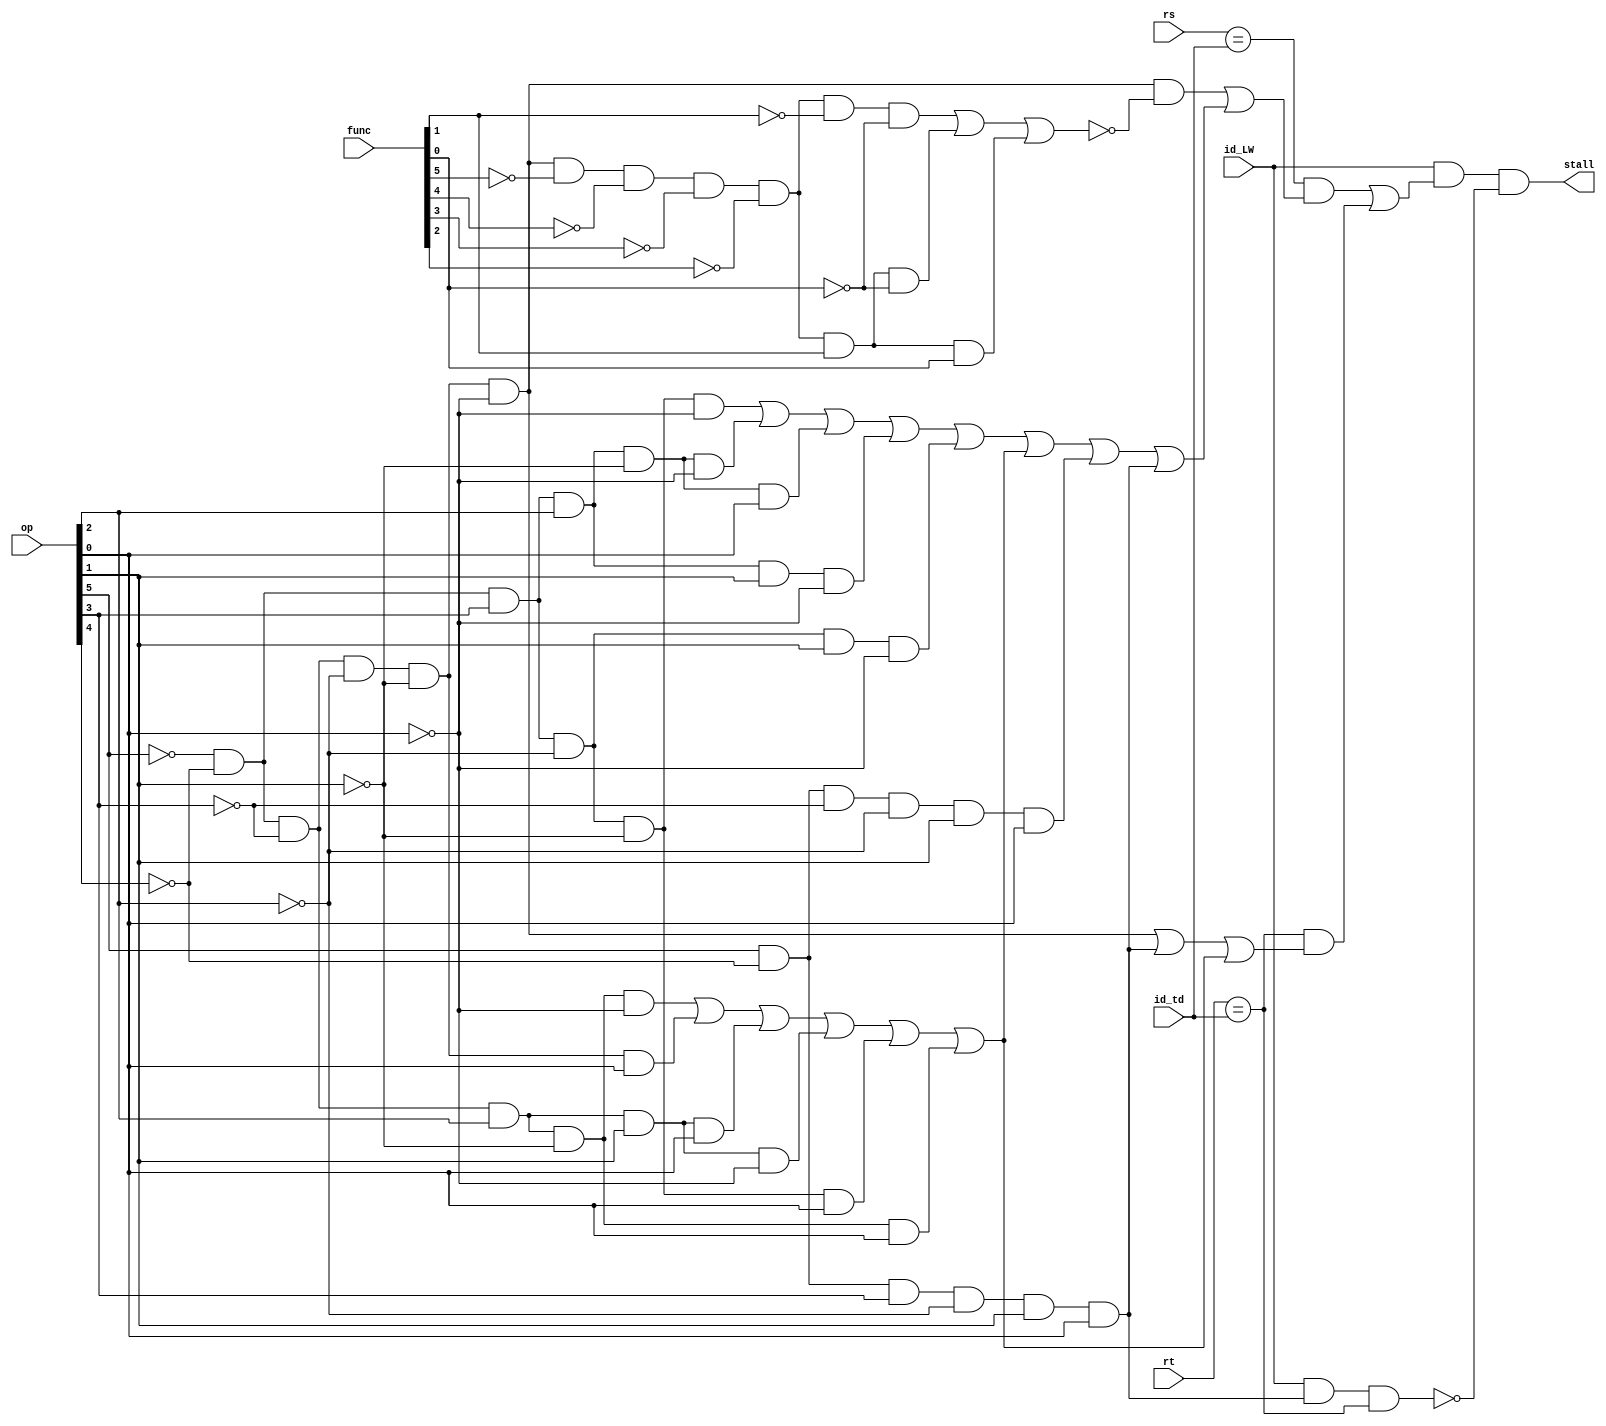
module StallControlLogic(
	rs,rt,op,func,
	id_td, id_LW,
	stall
    );
	input wire [4:0] rs, rt;
	input wire [5:0] op, func;
	input wire [4:0] id_td;
	input wire id_LW;
	output wire stall;
	
	wire rs_cnt, rt_cnt;

	wire r_type, s_type, i_sll, i_srl, i_sra;	// i_jr,i_mfhi,i_mflo,i_mthi,i_mtlo;
	wire i_addi,i_andi,i_ori,i_xori,i_slti,i_type,i_lw,i_sw;//i_lh,i_sh,i_mul,i_div,,i_j,i_jal
	wire i_beq,i_bgez,i_bgtz,i_blez,i_bltz,i_bne;
	
	/* R_type */
	and(r_type,~op[5],~op[4],~op[3],~op[2],~op[1],~op[0]);
//	and(i_jr, r_type, ~func[5], ~func[4], func[3], ~func[2], ~func[1], ~func[0]);	//func:001000
	/* S_type */
	or(s_type,i_sll, i_srl, i_sra);
	and(i_sll, r_type, ~func[5], ~func[4], ~func[3], ~func[2], ~func[1], ~func[0]);	//func:000000
	and(i_srl, r_type, ~func[5], ~func[4], ~func[3], ~func[2], func[1], ~func[0]);	//func:000010
	and(i_sra, r_type, ~func[5], ~func[4], ~func[3], ~func[2], func[1], func[0]);	//func:000011
	

	/* I_type */
	or(i_type, i_addi, i_andi, i_ori, i_xori, i_slti, b_type, i_lw, i_sw );
	and(i_addi,~op[5],~op[4], op[3],~op[2],~op[1],~op[0]);	//001000
	and(i_andi,~op[5],~op[4], op[3], op[2],~op[1],~op[0]);	//001100
	and(i_ori, ~op[5],~op[4], op[3], op[2],~op[1], op[0]);
	and(i_xori,~op[5],~op[4], op[3], op[2], op[1],~op[0]);
	and(i_slti,~op[5],~op[4], op[3], ~op[2], op[1],~op[0]);
	and(i_lw, op[5],~op[4],~op[3],~op[2], op[1], op[0]);
	and(i_sw, op[5],~op[4], op[3],~op[2], op[1], op[0]);
	/* I_type(B) */
	or(b_type, i_beq, i_bgez, i_bgtz, i_blez, i_bltz, i_bne);
	and(i_beq, ~op[5],~op[4],~op[3], op[2],~op[1],~op[0]);	//000100
	and(i_bgez,~op[5],~op[4],~op[3], ~op[2],~op[1],op[0]);	//000001
	and(i_bgtz,~op[5],~op[4],~op[3], op[2],op[1],op[0]);	//000111
	and(i_blez,~op[5],~op[4],~op[3], op[2],op[1],~op[0]);	//000110
	and(i_bltz,~op[5],~op[4],op[3], ~op[2],~op[1],op[0]);	//001001
	and(i_bne, ~op[5],~op[4],~op[3], op[2],~op[1], op[0]);	//000101
	
	/* J_type */
//	and(i_j, ~op[5],~op[4],~op[3],~op[2], op[1],~op[0]);
//	and(i_jal, ~op[5],~op[4],~op[3],~op[2], op[1], op[0]);
	
	wire sw_lw;
	assign rs_cnt = (r_type & ~s_type) | i_type;
	assign rt_cnt = r_type | i_sw | b_type;
	assign sw_lw = id_LW & i_sw & (rt == id_td);
	assign stall = (id_LW & (((rs==id_td) & rs_cnt) | ((rt==id_td) & rt_cnt)))& ~sw_lw ;

endmodule